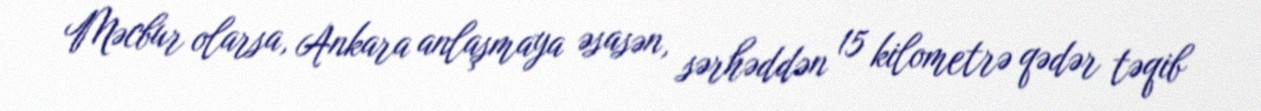
Məcbur olarsa, Ankara anlaşmaya əsasən, sərhəddən 15 kilometrə qədər təqib